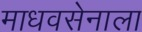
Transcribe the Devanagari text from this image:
माधवसेनाला